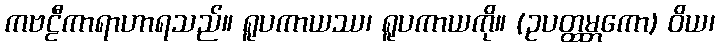
ကဗဠီကာရာဟာရသည်။ ရူပကာယဿ၊ ရူပကာယကို။ (ဥပတ္ထမ္ဘကော) ဝိယ၊